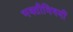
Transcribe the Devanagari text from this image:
भक्तीविषयीं